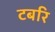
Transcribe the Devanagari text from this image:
टबरि